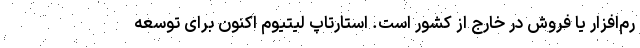
رم‌افزار یا فروش در خارج از کشور است. استارتاپ لیتیوم اکنون برای توسعه